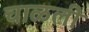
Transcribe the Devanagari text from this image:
चाळली